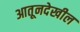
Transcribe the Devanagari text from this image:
आतूनदेखील